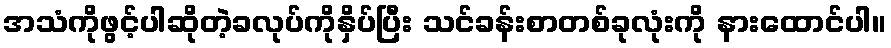
အသံကိုဖွင့်ပါဆိုတဲ့ခလုပ်ကိုနှိပ်ပြီး သင်ခန်းစာတစ်ခုလုံးကို နားထောင်ပါ။